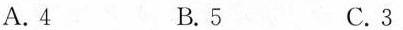
A.4 B.5 C.3